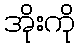
အိုးကို